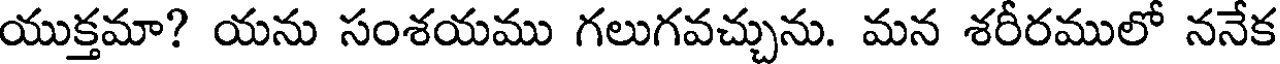
యుక్తమా? యను సంశయము గలుగవచ్చును. మన శరీరములో ననేక